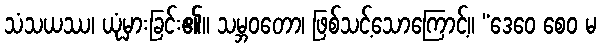
သံသယဿ၊ ယုံမှားခြင်း၏။ သမ္ဘဝတော၊ ဖြစ်သင့်သောကြောင့်။ “ဒေဝေ စေဝ မ